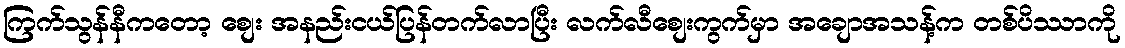
ကြက်သွန်နီကတော့ စျေး အနည်းငယ်ပြန်တက်လာပြီး လက်လီစျေးကွက်မှာ အချောအသန့်က တစ်ပိဿာကို